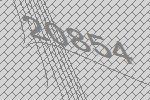
20854